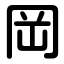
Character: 岡